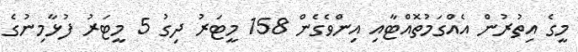
މީގެ އިތުރުން އެއްގަމުތޮއްޓާއި އިންވެގެން 158 މީޓަރު ދިގު 5 މީޓަރު ފުޅާމިނުގެ